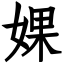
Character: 婐